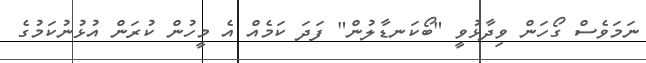
ނަމަވެސް ގޯހަން ވިދާޅުވީ "ބޯކަނޑާލުން" ފަދަ ކަމެއް އެ މީހުން ކުރަން އުޅުނުކަމުގެ